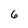
Character: 6